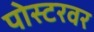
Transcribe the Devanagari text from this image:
पोस्टरवर